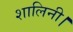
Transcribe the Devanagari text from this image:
शालिनी।